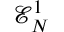
\mathcal { E } _ { N } ^ { 1 }